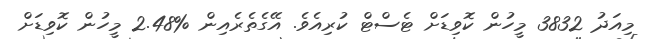
މިއަދު 3832 މީހުން ކޮވިޑަށް ޓެސްޓް ކުރިއެވެ. އޭގެތެރެއިން %2.48 މީހުން ކޮވިޑަށް